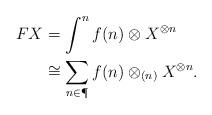
LaTeX: \begin{align*}FX & =\int^n f(n)\otimes X^{\otimes n} \\ & \cong \sum_{n\in\P} f(n)\otimes_{(n)} X^{\otimes n}.\end{align*}